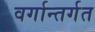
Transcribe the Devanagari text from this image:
वर्गान्तर्गत